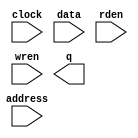
// megafunction wizard: %RAM: 1-PORT%VBB%
// GENERATION: STANDARD
// VERSION: WM1.0
// MODULE: altsyncram 

// ============================================================
// Megafunction Name(s):
// 			altsyncram
//
// Simulation Library Files(s):
// 			altera_mf
// ============================================================
// ************************************************************
// THIS IS A WIZARD-GENERATED FILE. DO NOT EDIT THIS FILE!
//
// 20.1.1 Build 720 11/11/2020 SJ Lite Edition
// ************************************************************

//Copyright (C) 2020  Intel Corporation. All rights reserved.
//Your use of Intel Corporation's design tools, logic functions 
//and other software and tools, and any partner logic 
//functions, and any output files from any of the foregoing 
//(including device programming or simulation files), and any 
//associated documentation or information are expressly subject 
//to the terms and conditions of the Intel Program License 
//Subscription Agreement, the Intel Quartus Prime License Agreement,
//the Intel FPGA IP License Agreement, or other applicable license
//agreement, including, without limitation, that your use is for
//the sole purpose of programming logic devices manufactured by
//Intel and sold by Intel or its authorized distributors.  Please
//refer to the applicable agreement for further details, at
//https://fpgasoftware.intel.com/eula.

module DATA (
	address,
	clock,
	data,
	rden,
	wren,
	q);

	input	[7:0]  address;
	input	  clock;
	input	[23:0]  data;
	input	  rden;
	input	  wren;
	output	[23:0]  q;
`ifndef ALTERA_RESERVED_QIS
// synopsys translate_off
`endif
	tri1	  clock;
	tri1	  rden;
`ifndef ALTERA_RESERVED_QIS
// synopsys translate_on
`endif

endmodule

// ============================================================
// CNX file retrieval info
// ============================================================
// Retrieval info: PRIVATE: ADDRESSSTALL_A NUMERIC "0"
// Retrieval info: PRIVATE: AclrAddr NUMERIC "0"
// Retrieval info: PRIVATE: AclrByte NUMERIC "0"
// Retrieval info: PRIVATE: AclrData NUMERIC "0"
// Retrieval info: PRIVATE: AclrOutput NUMERIC "0"
// Retrieval info: PRIVATE: BYTE_ENABLE NUMERIC "0"
// Retrieval info: PRIVATE: BYTE_SIZE NUMERIC "8"
// Retrieval info: PRIVATE: BlankMemory NUMERIC "0"
// Retrieval info: PRIVATE: CLOCK_ENABLE_INPUT_A NUMERIC "0"
// Retrieval info: PRIVATE: CLOCK_ENABLE_OUTPUT_A NUMERIC "0"
// Retrieval info: PRIVATE: Clken NUMERIC "0"
// Retrieval info: PRIVATE: DataBusSeparated NUMERIC "1"
// Retrieval info: PRIVATE: IMPLEMENT_IN_LES NUMERIC "0"
// Retrieval info: PRIVATE: INIT_FILE_LAYOUT STRING "PORT_A"
// Retrieval info: PRIVATE: INIT_TO_SIM_X NUMERIC "0"
// Retrieval info: PRIVATE: INTENDED_DEVICE_FAMILY STRING "Cyclone IV E"
// Retrieval info: PRIVATE: JTAG_ENABLED NUMERIC "0"
// Retrieval info: PRIVATE: JTAG_ID STRING "NONE"
// Retrieval info: PRIVATE: MAXIMUM_DEPTH NUMERIC "0"
// Retrieval info: PRIVATE: MIFfilename STRING "DATA.hex"
// Retrieval info: PRIVATE: NUMWORDS_A NUMERIC "256"
// Retrieval info: PRIVATE: RAM_BLOCK_TYPE NUMERIC "0"
// Retrieval info: PRIVATE: READ_DURING_WRITE_MODE_PORT_A NUMERIC "3"
// Retrieval info: PRIVATE: RegAddr NUMERIC "1"
// Retrieval info: PRIVATE: RegData NUMERIC "1"
// Retrieval info: PRIVATE: RegOutput NUMERIC "1"
// Retrieval info: PRIVATE: SYNTH_WRAPPER_GEN_POSTFIX STRING "0"
// Retrieval info: PRIVATE: SingleClock NUMERIC "1"
// Retrieval info: PRIVATE: UseDQRAM NUMERIC "1"
// Retrieval info: PRIVATE: WRCONTROL_ACLR_A NUMERIC "0"
// Retrieval info: PRIVATE: WidthAddr NUMERIC "8"
// Retrieval info: PRIVATE: WidthData NUMERIC "24"
// Retrieval info: PRIVATE: rden NUMERIC "1"
// Retrieval info: LIBRARY: altera_mf altera_mf.altera_mf_components.all
// Retrieval info: CONSTANT: CLOCK_ENABLE_INPUT_A STRING "BYPASS"
// Retrieval info: CONSTANT: CLOCK_ENABLE_OUTPUT_A STRING "BYPASS"
// Retrieval info: CONSTANT: INIT_FILE STRING "DATA.hex"
// Retrieval info: CONSTANT: INTENDED_DEVICE_FAMILY STRING "Cyclone IV E"
// Retrieval info: CONSTANT: LPM_HINT STRING "ENABLE_RUNTIME_MOD=NO"
// Retrieval info: CONSTANT: LPM_TYPE STRING "altsyncram"
// Retrieval info: CONSTANT: NUMWORDS_A NUMERIC "256"
// Retrieval info: CONSTANT: OPERATION_MODE STRING "SINGLE_PORT"
// Retrieval info: CONSTANT: OUTDATA_ACLR_A STRING "NONE"
// Retrieval info: CONSTANT: OUTDATA_REG_A STRING "CLOCK0"
// Retrieval info: CONSTANT: POWER_UP_UNINITIALIZED STRING "FALSE"
// Retrieval info: CONSTANT: READ_DURING_WRITE_MODE_PORT_A STRING "NEW_DATA_NO_NBE_READ"
// Retrieval info: CONSTANT: WIDTHAD_A NUMERIC "8"
// Retrieval info: CONSTANT: WIDTH_A NUMERIC "24"
// Retrieval info: CONSTANT: WIDTH_BYTEENA_A NUMERIC "1"
// Retrieval info: USED_PORT: address 0 0 8 0 INPUT NODEFVAL "address[7..0]"
// Retrieval info: USED_PORT: clock 0 0 0 0 INPUT VCC "clock"
// Retrieval info: USED_PORT: data 0 0 24 0 INPUT NODEFVAL "data[23..0]"
// Retrieval info: USED_PORT: q 0 0 24 0 OUTPUT NODEFVAL "q[23..0]"
// Retrieval info: USED_PORT: rden 0 0 0 0 INPUT VCC "rden"
// Retrieval info: USED_PORT: wren 0 0 0 0 INPUT NODEFVAL "wren"
// Retrieval info: CONNECT: @address_a 0 0 8 0 address 0 0 8 0
// Retrieval info: CONNECT: @clock0 0 0 0 0 clock 0 0 0 0
// Retrieval info: CONNECT: @data_a 0 0 24 0 data 0 0 24 0
// Retrieval info: CONNECT: @rden_a 0 0 0 0 rden 0 0 0 0
// Retrieval info: CONNECT: @wren_a 0 0 0 0 wren 0 0 0 0
// Retrieval info: CONNECT: q 0 0 24 0 @q_a 0 0 24 0
// Retrieval info: GEN_FILE: TYPE_NORMAL DATA.v TRUE
// Retrieval info: GEN_FILE: TYPE_NORMAL DATA.inc FALSE
// Retrieval info: GEN_FILE: TYPE_NORMAL DATA.cmp FALSE
// Retrieval info: GEN_FILE: TYPE_NORMAL DATA.bsf FALSE
// Retrieval info: GEN_FILE: TYPE_NORMAL DATA_inst.v TRUE
// Retrieval info: GEN_FILE: TYPE_NORMAL DATA_bb.v TRUE
// Retrieval info: LIB_FILE: altera_mf